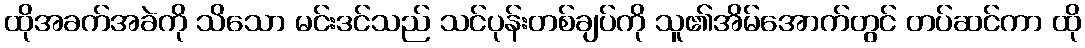
ထိုအခက်အခဲကို သိသော မင်းဒင်သည် သင်ပုန်းတစ်ချပ်ကို သူ၏အိမ်အောက်တွင် တပ်ဆင်ကာ ထို